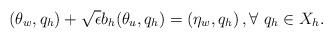
LaTeX: \begin{align*}\left(\theta_w,q_h\right) + \sqrt{\epsilon} b_h(\theta_u,q_h) = \left(\eta_w,q_h\right), \forall \,\, q_h \in X_h.\end{align*}